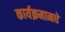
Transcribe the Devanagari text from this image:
कार्यक्रमामधे